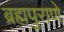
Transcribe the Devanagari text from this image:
ब्रह्मपुराणे